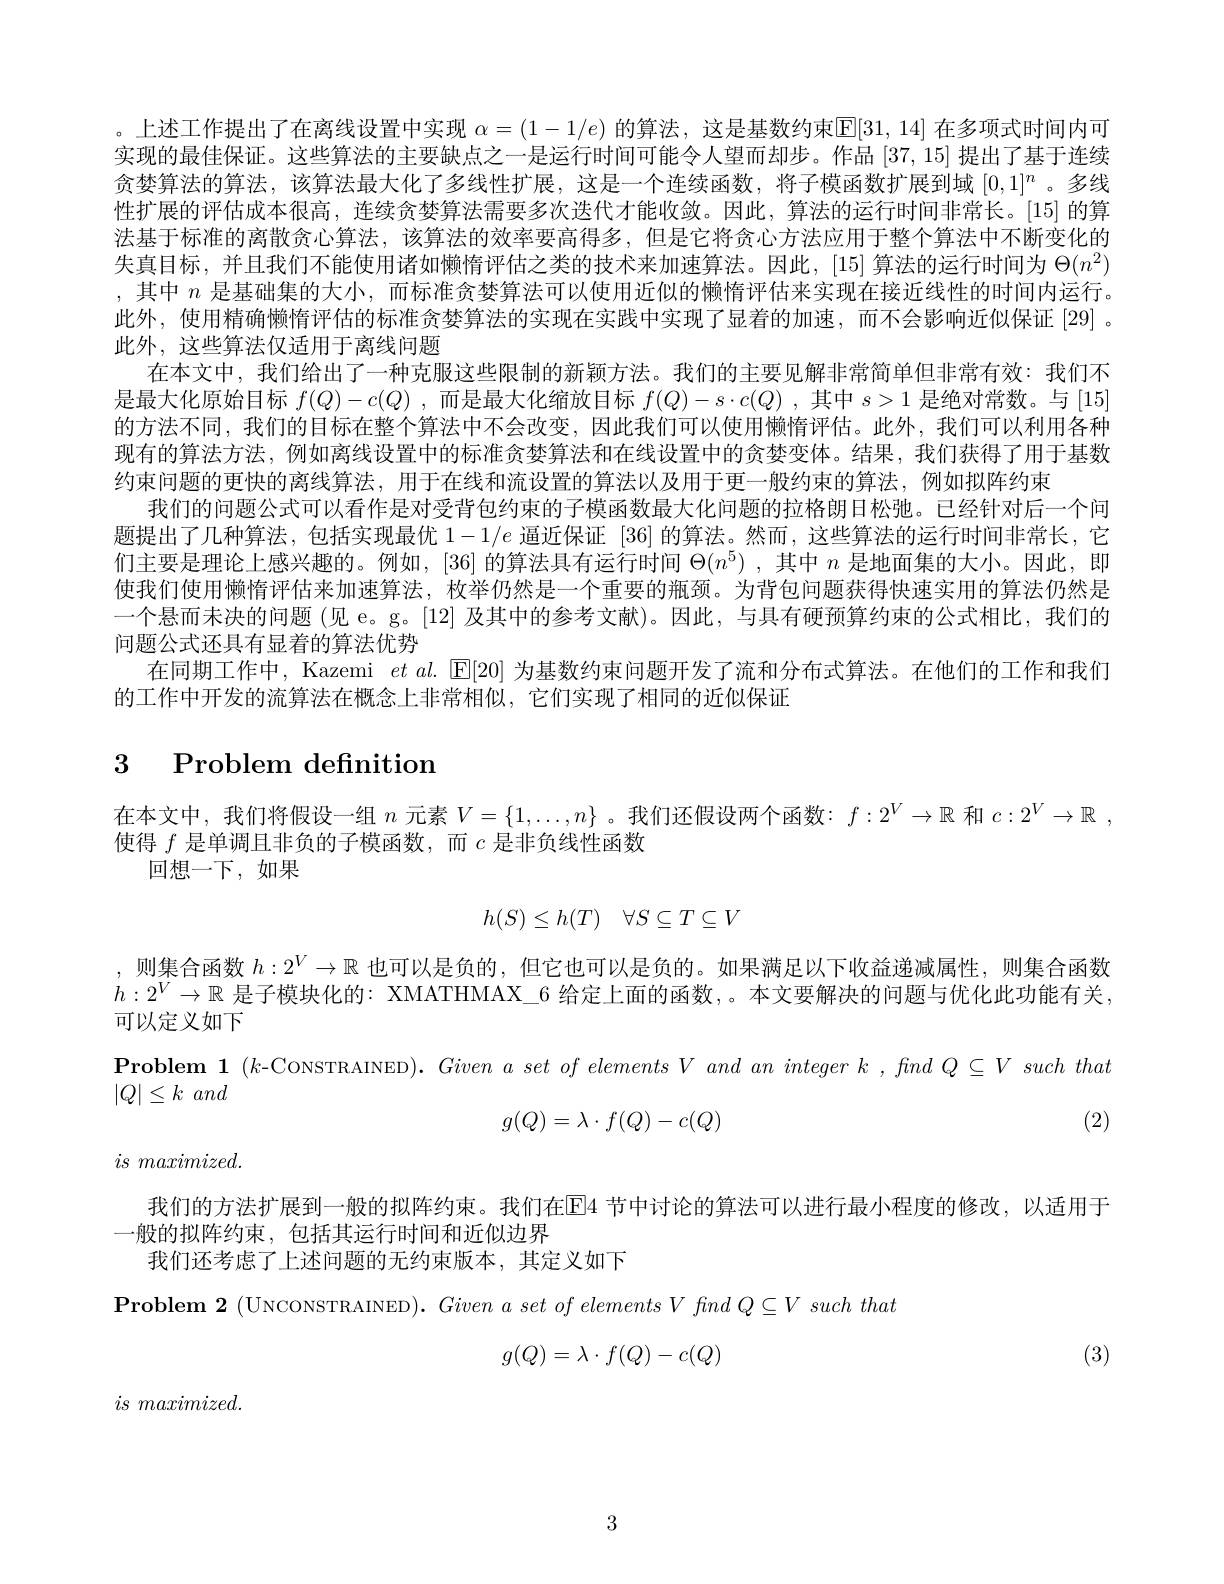
。上述工作提出了在离线设置中实现$\alpha=(1-1/e)$的算法，这是基数约束$\mathbb{E}[31,14]$在多项式时间内可实现的最佳保证。这些算法的主要缺点之一是运行时间可能令人望而却步。作品[37,15]提出了基于连续贪婪算法的算法，该算法最大化了多线性扩展，这是一个连续函数，将子模函数扩展到域$[0,1]^n$ 。多线性扩展的评估成本很高，连续贪婪算法需要多次迭代才能收敛。因此，算法的运行时间非常长。[15] 的算法基于标准的离散贪心算法，该算法的效率要高得多，但是它将贪心方法应用于整个算法中不断变化的失真目标，并且我们不能使用诸如懒惰评估之类的技术来加速算法。因此，[15]算法的运行时间为$\Theta(n^2)$ ,其中$n$是基础集的大小，而标准贪婪算法可以使用近似的懒惰评估来实现在接近线性的时间内运行。此外，使用精确懒惰评估的标准贪婪算法的实现在实践中实现了显着的加速，而不会影响近似保证[29]。此外，这些算法仅适用于离线问题
在本文中，我们给出了一种克服这些限制的新颖方法。我们的主要见解非常简单但非常有效：我们不是最大化原始目标$f(Q)-c(Q)$ ,而是最大化缩放目标$f(Q)-s\cdot c(Q)$ ,其中$s>1$是绝对常数。与 [15] 的方法不同，我们的目标在整个算法中不会改变，因此我们可以使用懒惰评估。此外，我们可以利用各种现有的算法方法，例如离线设置中的标准贪婪算法和在线设置中的贪婪变体。结果，我们获得了用于基数约束问题的更快的离线算法，用于在线和流设置的算法以及用于更一般约束的算法，例如拟阵约束
我们的问题公式可以看作是对受背包约束的子模函数最大化问题的拉格朗日松弛。已经针对后一个间题提出了几种算法，包括实现最优$1-1/e$逼近保证 [36]的算法。然而，这些算法的运行时间非常长，它们主要是理论上感兴趣的。例如，[36] 的算法具有运行时间$\Theta(n^5)$ ,其中$n$是地面集的大小。因此，即使我们使用懒惰评估来加速算法，枚举仍然是一个重要的瓶颈。为背包问题获得快速实用的算法仍然是一个悬而未决的问题 (见 e。g。[12] 及其中的参考文献)。因此，与具有硬预算约束的公式相比，我们的问题公式还具有显着的算法优势
在同期工作中，Kazemi $et$ al. $\mathbb{E}[20]$为基数约束问题开发了流和分布式算法。在他们的工作和我们
的工作中开发的流算法在概念上非常相似，它们实现了相同的近似保证

# 3 Problem definition

在本文中，我们将假设一组$n$元素$V=\{1,\ldots,n\}$ 。我们还假设两个函数：$f:2^V\to\mathbb{R}$和$c: 2^V\to \mathbb{R}$ ,
使得$f$是单调且非负的子模函数，而$c$是非负线性函数
回想一下，如果
$$h(S)\leq h(T)\quad\forall S\subseteq T\subseteq V$$
,则集合函数$h:2^V\to\mathbb{R}$也可以是负的，但它也可以是负的。如果满足以下收益递减属性，则集合函数$h:2^V\to\mathbb{R}$ 是子模块化的：XMATHMAX\_6 给定上面的函数，。本文要解决的问题与优化此功能有关， 可以定义如下
Problem 1 $(k$-CoNSTRAINED). $Givenaset\textit{of elements V and an integer k ,  find Q V such that}$
$| Q| \leq k$ and
$$g(Q)=\lambda\cdot f(Q)-c(Q)$$
(2)

$is\textit{ maximized}.$

我们的方法扩展到一般的拟阵约束。我们在El4 节中讨论的算法可以进行最小程度的修改，以适用于
一般的拟阵约束，包括其运行时间和近似边界
我们还考虑了上述问题的无约束版本，其定义如下

$\textbf{Problem 2 ( UNCONSTRAINED) .  Given a set of elements V find Q V such that}$
$$g(Q)=\lambda\cdot f(Q)-c(Q)$$
(3)

$is~maximized.$

3